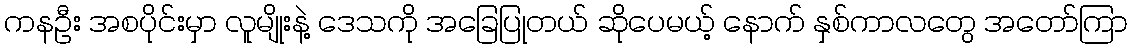
ကနဦး အစပိုင်းမှာ လူမျိုးနဲ့ ဒေသကို အခြေပြုတယ် ဆိုပေမယ့် နောက် နှစ်ကာလတွေ အတော်ကြာ